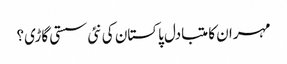
مہران کا متبادل پاکستان کی نئی سستی گاڑی؟